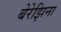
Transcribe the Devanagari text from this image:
बेरेझिना